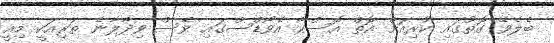
ބެލެވޭ ގޮތުގައި ކުރިއަށް އޮތް އޮސްކާ އެވޯޑްސްގައި ވެސް ވިދާލާނެ ތަރިއަކީ މިއީ